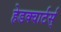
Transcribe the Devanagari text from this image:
हेडक्वार्टर्स्